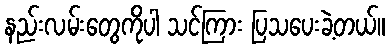
နည်းလမ်းတွေကိုပါ သင်ကြား ပြသပေးခဲ့တယ်။